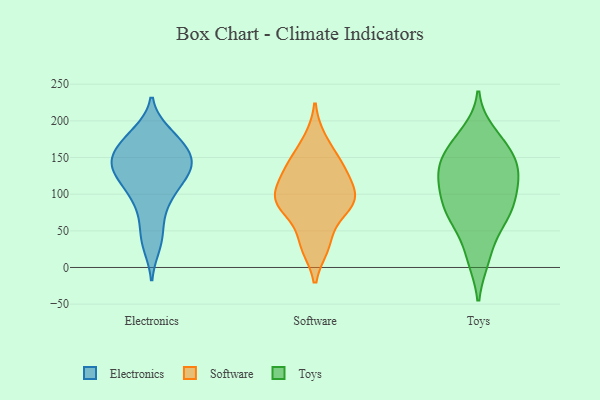
{"axis": {"x": "Conversion Rate (%)", "y": "Value"}, "legend": ["Electronics", "Software", "Toys"], "data": [{"x": "", "y": 152, "type": "Electronics"}, {"x": "", "y": 142, "type": "Electronics"}, {"x": "", "y": 91, "type": "Electronics"}, {"x": "", "y": 134, "type": "Electronics"}, {"x": "", "y": 184, "type": "Electronics"}, {"x": "", "y": 162, "type": "Electronics"}, {"x": "", "y": 30, "type": "Electronics"}, {"x": "", "y": 156, "type": "Electronics"}, {"x": "", "y": 69, "type": "Electronics"}, {"x": "", "y": 42, "type": "Electronics"}, {"x": "", "y": 102, "type": "Electronics"}, {"x": "", "y": 117, "type": "Electronics"}, {"x": "", "y": 139, "type": "Electronics"}, {"x": "", "y": 179, "type": "Electronics"}, {"x": "", "y": 133, "type": "Electronics"}, {"x": "", "y": 143, "type": "Electronics"}, {"x": "", "y": 177, "type": "Electronics"}, {"x": "", "y": 113, "type": "Electronics"}, {"x": "", "y": 142, "type": "Software"}, {"x": "", "y": 174, "type": "Software"}, {"x": "", "y": 84, "type": "Software"}, {"x": "", "y": 34, "type": "Software"}, {"x": "", "y": 113, "type": "Software"}, {"x": "", "y": 140, "type": "Software"}, {"x": "", "y": 29, "type": "Software"}, {"x": "", "y": 82, "type": "Software"}, {"x": "", "y": 130, "type": "Software"}, {"x": "", "y": 94, "type": "Software"}, {"x": "", "y": 88, "type": "Software"}, {"x": "", "y": 95, "type": "Software"}, {"x": "", "y": 135, "type": "Toys"}, {"x": "", "y": 73, "type": "Toys"}, {"x": "", "y": 141, "type": "Toys"}, {"x": "", "y": 82, "type": "Toys"}, {"x": "", "y": 14, "type": "Toys"}, {"x": "", "y": 183, "type": "Toys"}, {"x": "", "y": 158, "type": "Toys"}, {"x": "", "y": 60, "type": "Toys"}, {"x": "", "y": 80, "type": "Toys"}, {"x": "", "y": 12, "type": "Toys"}, {"x": "", "y": 112, "type": "Toys"}, {"x": "", "y": 144, "type": "Toys"}, {"x": "", "y": 84, "type": "Toys"}, {"x": "", "y": 165, "type": "Toys"}, {"x": "", "y": 110, "type": "Toys"}, {"x": "", "y": 58, "type": "Toys"}, {"x": "", "y": 128, "type": "Toys"}, {"x": "", "y": 106, "type": "Toys"}, {"x": "", "y": 174, "type": "Toys"}, {"x": "", "y": 132, "type": "Toys"}]}